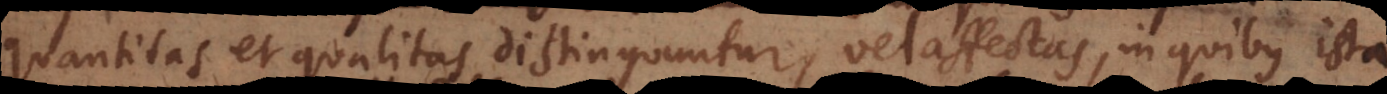
quantitas et qualitas distinguuntur, vel affectas, in quibus ista